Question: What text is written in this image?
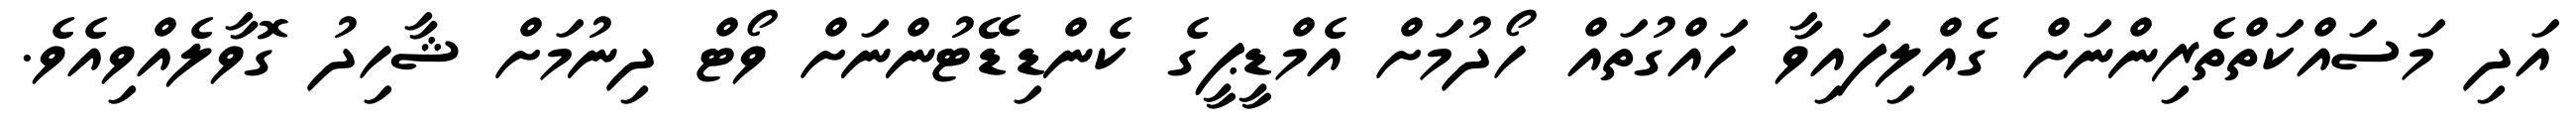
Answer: އަދި މަސައްކަތްތެރިންނަށް ގެއްލިފައިވާ ހައްގުތައް ހޯދުމަށް އެމްޑީޕީގެ ކެންޑިޑޭޓުންނަށް ވޯޓް ދިނުމަށް ޝާހިދު ގޮވާލެއްވިއެވެ.